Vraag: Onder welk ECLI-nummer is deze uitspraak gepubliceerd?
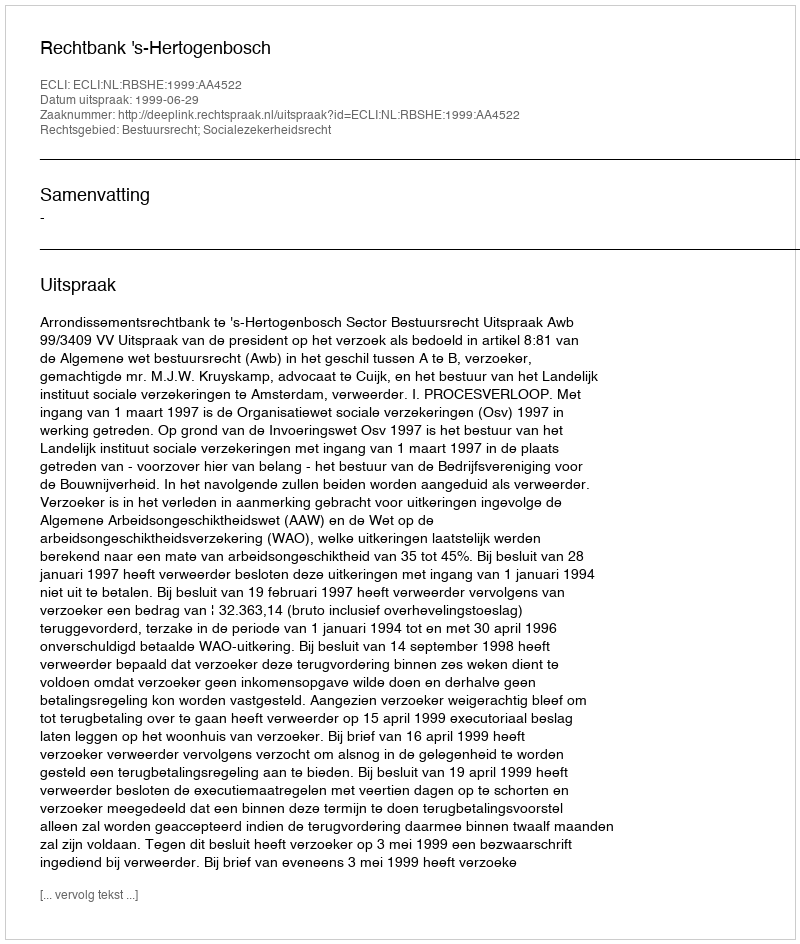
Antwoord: ECLI:NL:RBSHE:1999:AA4522